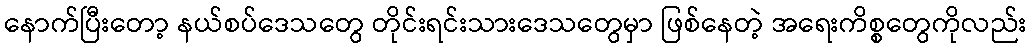
နောက်ပြီးတော့ နယ်စပ်ဒေသတွေ တိုင်းရင်းသားဒေသတွေမှာ ဖြစ်နေတဲ့ အရေးကိစ္စတွေကိုလည်း